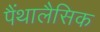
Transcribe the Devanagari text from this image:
पैंथालैसिक